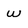
Character: W